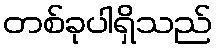
တစ်ခုပါရှိသည်